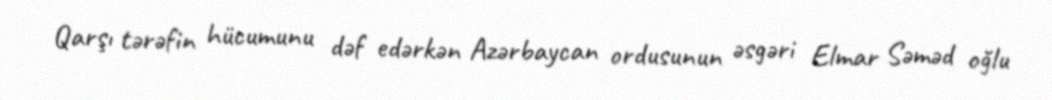
Qarşı tərəfin hücumunu dəf edərkən Azərbaycan ordusunun əsgəri Elmar Səməd oğlu